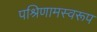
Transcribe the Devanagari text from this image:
पश्रिणामस्वरूप